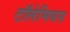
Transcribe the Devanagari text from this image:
टॉलेमियस